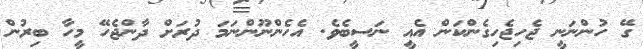
ގޭ ހުންނަނީ ޖެހިޖެހިގެންކަން އެއީ ނަސީބެވެ. އެހެންނޫންނަމަ ދުރަށް ދާންޖެހޭ މީހާ ބިރުން